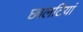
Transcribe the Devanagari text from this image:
छालटियां